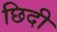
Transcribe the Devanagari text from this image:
छिदी